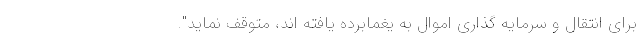
برای انتقال و سرمایه گذاری اموال به یغمابرده یافته اند، متوقف نماید".